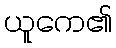
ယူကေ၏